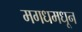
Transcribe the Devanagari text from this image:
मगधमधून